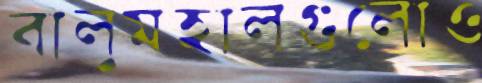
বালুমহালগুলোও